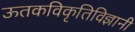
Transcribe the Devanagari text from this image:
ऊतकविकृतिविज्ञानी